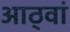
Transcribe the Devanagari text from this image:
आठ्वां